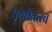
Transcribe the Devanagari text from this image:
पृथ्वीतत्त्व